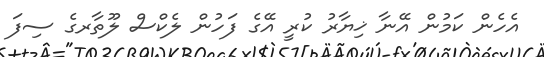
އެހެން ކަމުން އޭނާ ޚިޔާރު ކުރީ އޭގެ ފަހުން ލެކްސް ލޫތާރގެ ސިފަ